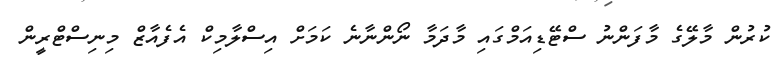
ކުރުން މާލޭގެ މާފަންނު ސްޓޭޑިއަމްގައި މާދަމާ ނޯންނާނެ ކަމަށް އިސްލާމިކް އެފެއާޒް މިނިސްޓްރީން